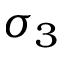
\sigma _ { 3 }